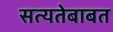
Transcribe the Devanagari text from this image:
सत्यतेबाबत